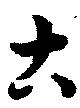
古